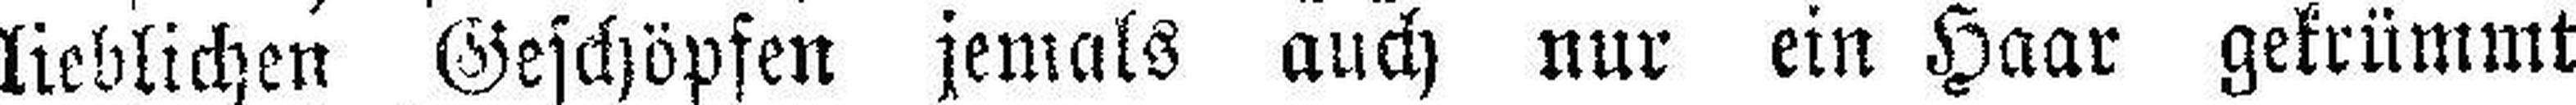
lieblichen Geschöpfen jemals auch nur ein Haar gekrümmt